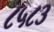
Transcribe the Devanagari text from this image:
८५८३